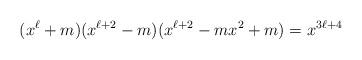
LaTeX: \begin{align*}(x^\ell + m)(x^{\ell + 2} - m)(x^{\ell + 2} - mx^2 + m) = x^{3\ell + 4}\end{align*}